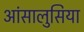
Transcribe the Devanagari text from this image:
आंसालुसिया